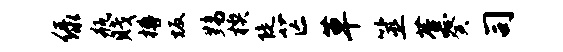
绿瓶贱樽坂黝楔陡芒草筮蕉癸司